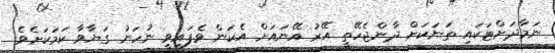
ނަމާދަށްޓަކައި ތަނަކަށް ދާންޖެހޭތީ އޭރު އޭނައަށް އެކަން ވެފައިވީ ނުހަނު ގަޔާވާ ކަމަކަށެވެ.